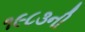
૧૯૮૩ની